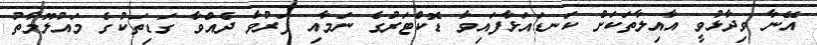
އޭނާ ވިދާޅުވީ އާއިލާތަކަށް ކަނޑައަޅާފައިވާ ޑޮކްޓަރުގެ ނަމާއި ފަރުވާ ދެއްވާ ގަޑިތަކުގެ މައުލޫމާތު